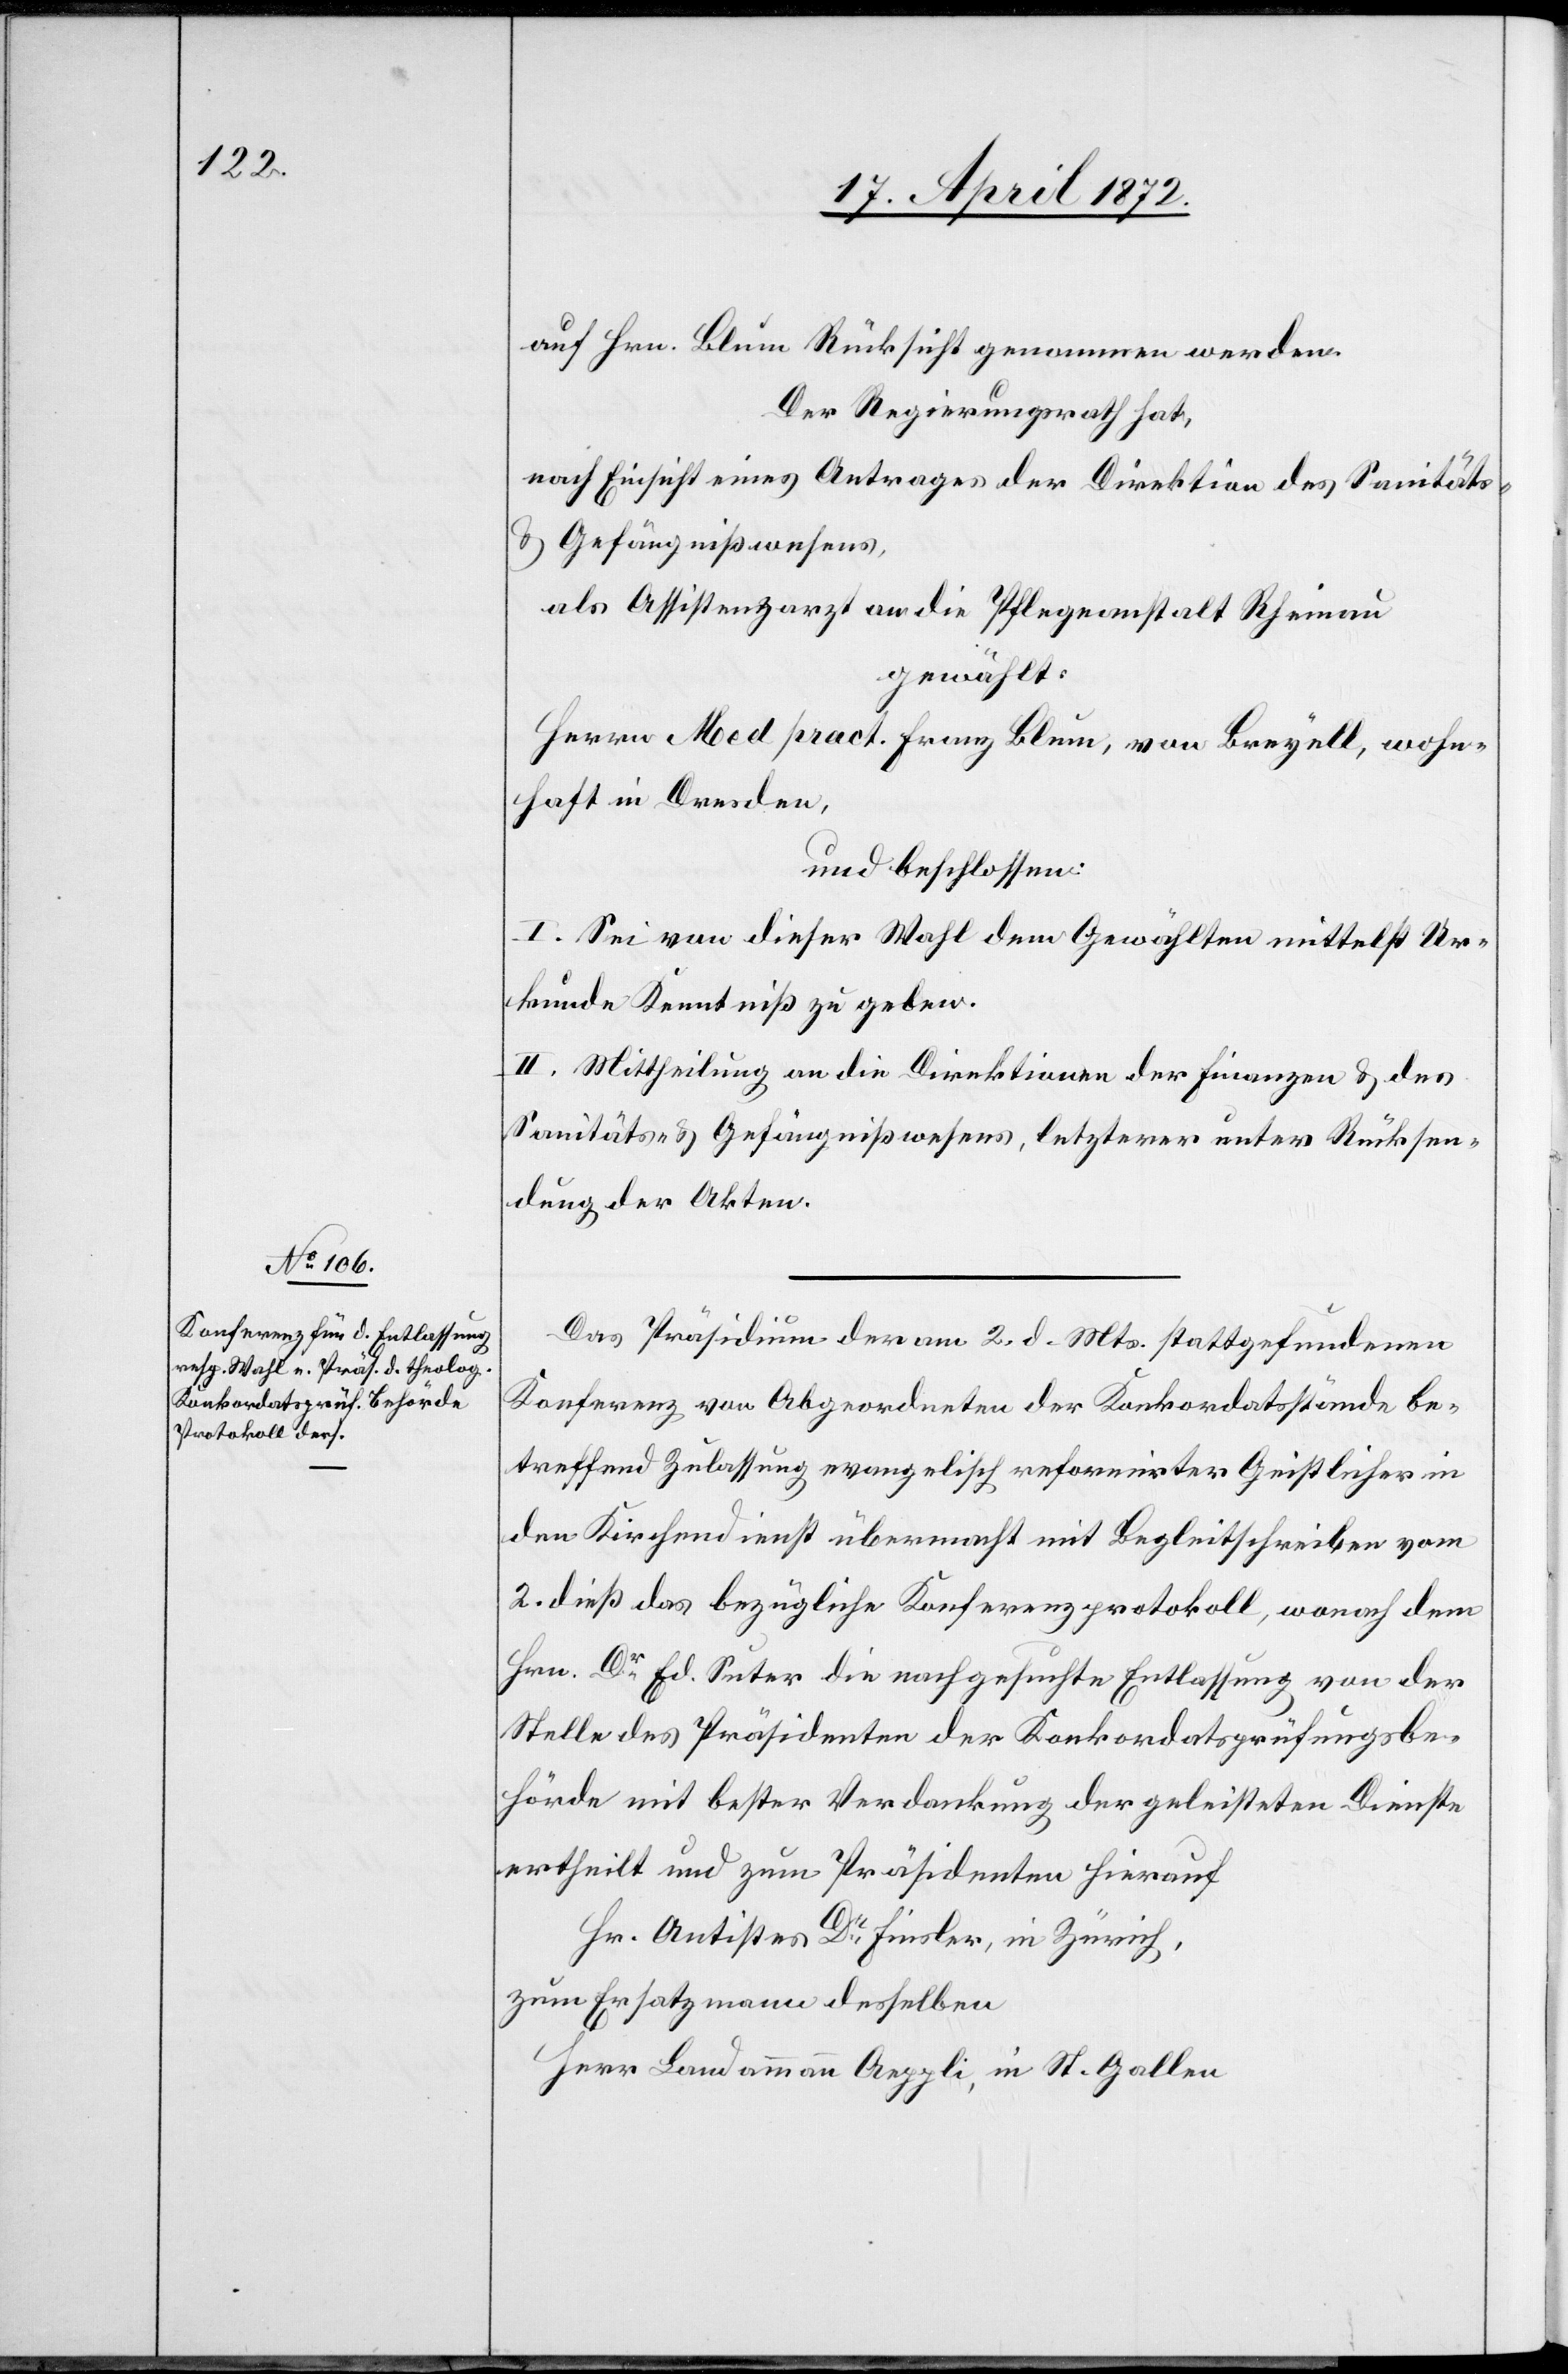
auf Hrn. Blum Rücksicht genommen werden.
Der Regierungsrath hat,
nach Einsicht eines Antrages der Direktion des Sanitäts-
u. Gefängnißwesens,
als Assistenzarzt an die Pflegeanstalt Rheinau
gewählt:
Herren Med pract. Franz Blum, von Breyell, wohn¬
haft in Dresden,
und beschlossen:
I. Sei von dieser Wahl dem Gewählten mittelst Ur¬
kunde Kenntniß zu geben.
II. Mittheilung an die Direktionen der Finanzen u. des
Sanitäts- u. Gefängnißwesens, letzterer unter Rücksen¬
dung der Akten.
Das Präsidium der am 2. d. Mts. stattgefundenen
Konferenz von Abgeordneten der Konkordatsstände be¬
treffend Zulassung evangelisch[-]reformirter Geistlicher in
den Kirchendienst übermacht mit Begleitschreiben vom
2. dieß das bezügliche Konferenzprotokoll, wonach dem
Hrn. Dr Ed. Suter die nachgesuchte Entlassung von der
Stelle des Präsidenten der Konkordatsprüfungsbe¬
hörde mit bester Verdankung der geleisteten Dienste
ertheilt und zum Präsidenten hierauf
Hr. Antistes Dr Finsler, in Zürich,
zum Ersatzmann desselben
Herr Landammann Aeppli, in St. Gallen